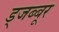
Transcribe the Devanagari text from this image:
ड्जब्बूर